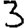
Digit: 3